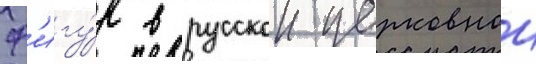
ф'игу́р в русскои церковнои